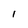
Character: l